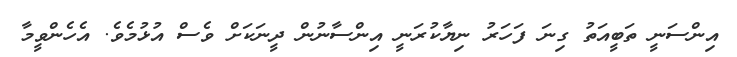
އިންސަނީ ތަބީއަތު ގިނަ ފަހަރު ނިޔާކުރަނީ އިންސާނުން ދީނަކަށް ވެސް އުޅުމެވެ. އެހެންވީމާ